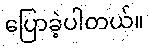
ပြောခဲ့ပါတယ်။